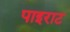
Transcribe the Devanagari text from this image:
पाइराट